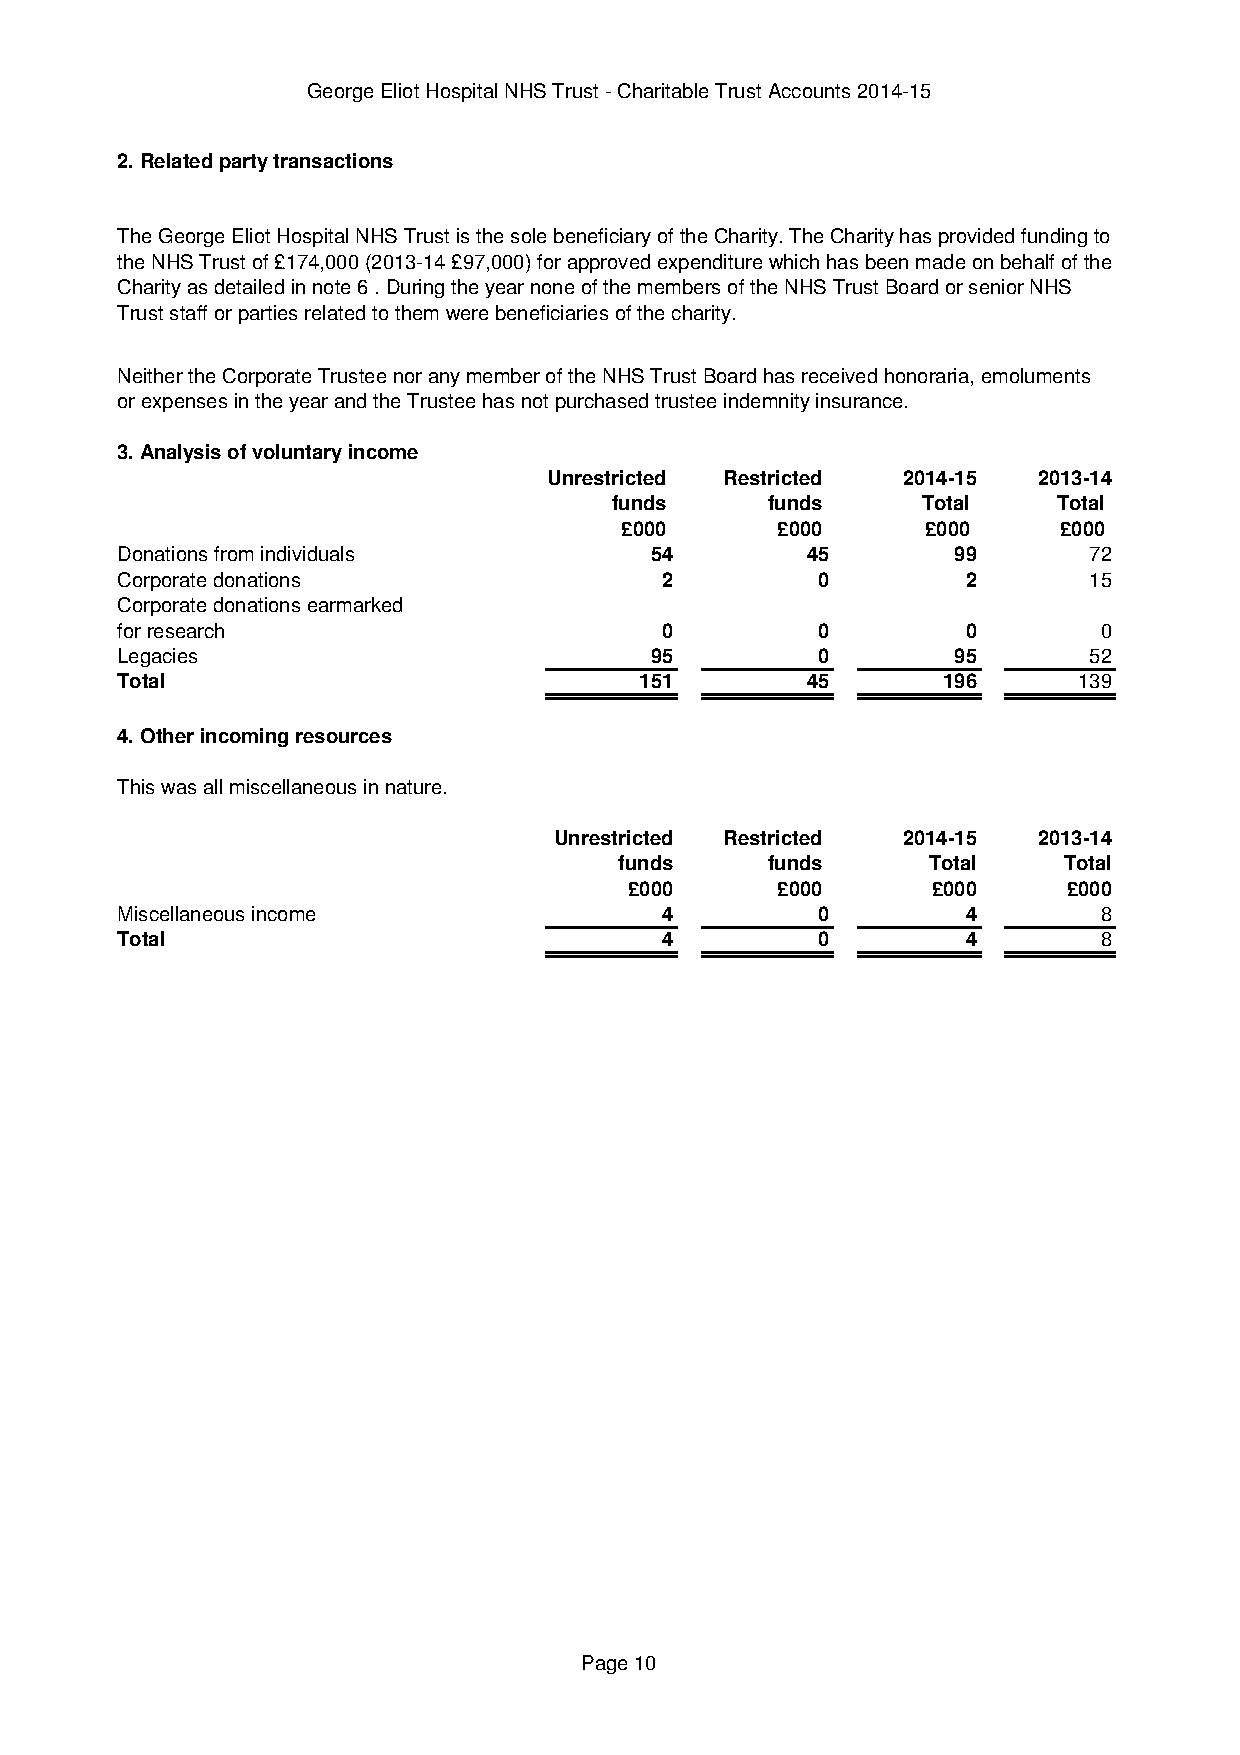
George Eliot Hospital NHS Trust - Charitable Trust Accounts 2014-15
 2. Related party transactions
 The George Eliot Hospital NHS Trust is the sole beneficiary of the Charity. The Charity has provided funding to
 the NHS Trust of £174,000 (2013-14 £97,000) for approved expenditure which has been made on behalf of the
 Charity as detailed in note 6 . During the year none of the members of the NHS Trust Board or senior NHS
 Trust staff or parties related to them were beneficiaries of the charity.
 Neither the Corporate Trustee nor any member of the NHS Trust Board has received honoraria, emoluments
 or expenses in the year and the Trustee has not purchased trustee indemnity insurance.
 3. Analysis of voluntary income
 Unrestricted Restricted 2014-15  2013-14
 funds      funds     Total    Total
 £000      £000      £000     £000
 Donations from individuals         54        45        99       72
 Corporate donations                 2         0         2       15
 Corporate donations earmarked
 for research                        0         0         0        0
 Legacies                           95         0        95       52
 Total                             151        45       196      139
 4. Other incoming resources
 This was all miscellaneous in nature.
 Unrestricted Restricted 2014-15 2013-14
 funds     funds     Total    Total
 £000     £000       £000     £000
 Miscellaneous income                4         0         4        8
 Total                               4         0         4        8
 Page 10